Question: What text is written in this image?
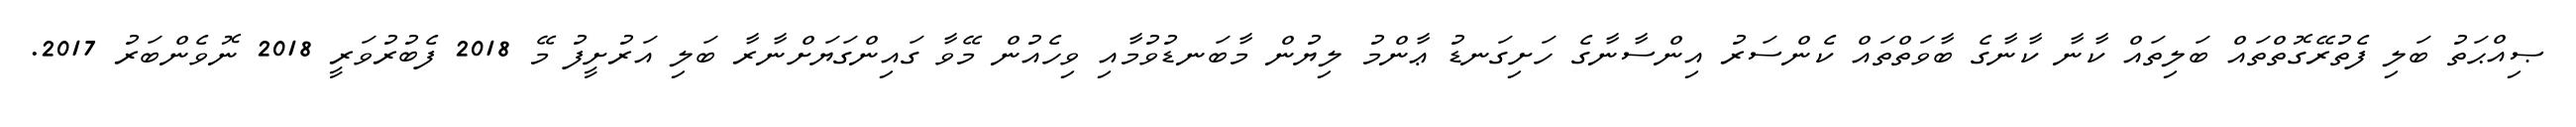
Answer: ޞިއްޙަތު ބަލި ފެތުރޭގޮތްތައް ބަލިތައް ކާނާ ކާނާގެ ބާވަތްތައް ކެންސަރު އިންސާނާގެ ހަށިގަނޑު ޢާންމު ލިޔުން މާބަނޑުވުމާއި ވިހެއުން މޭވާ ގައިންގަޔަށްނާރާ ބަލި އަރުށީފު މޭ 2018 ފެބުރުވަރީ 2018 ނޮވެންބަރު 2017.